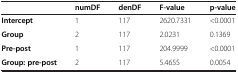
<table><thead><tr><td>[EMPTY_CELL]</td><td><b>numDF</b></td><td><b>denDF</b></td><td><b>F-value</b></td><td><b>p-value</b></td></tr></thead><tbody><tr><td><b>Intercept</b></td><td>1</td><td>117</td><td>2620.7331</td><td>&lt;0.0001</td></tr><tr><td><b>Group</b></td><td>2</td><td>117</td><td>2.0231</td><td>0.1369</td></tr><tr><td><b>Pre-post</b></td><td>1</td><td>117</td><td>204.9999</td><td>&lt;0.0001</td></tr><tr><td><b>Group: pre-post</b></td><td>2</td><td>117</td><td>5.4655</td><td>0.0054</td></tr></tbody></table>